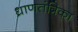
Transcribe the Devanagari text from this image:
ध्राणतंत्रिका